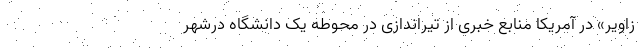
زاویر» در آمریکا منابع خبری از تیراندازی در محوطه یک دانشگاه درشهر